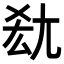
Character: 𡯤